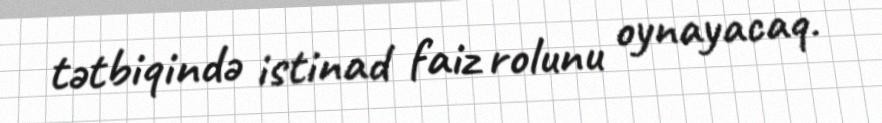
tətbiqində istinad faiz rolunu oynayacaq.